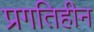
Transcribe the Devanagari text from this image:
प्रगतिहीन